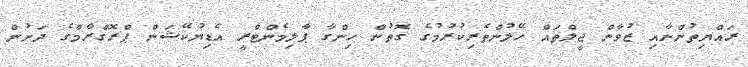
ރައްޔިތުންނާއި ޒުވާން ޖީލްތައް ހޭލުންތެރިކުރުމުގެ ގޮތުން ހިންގާ ޕާލިމެންޓްރީ އެޑިޔުކޭޝަން ޕްރޮގްރާމްގެ ދަށުން